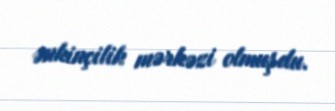
ənkinçilik mərkəzi olmuşdu.